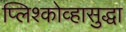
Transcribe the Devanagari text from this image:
प्लिश्कोव्हासुद्धा